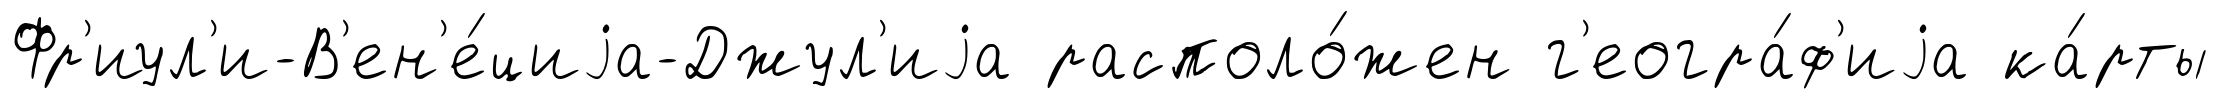
Фр'иул'и-В'ен'е́циjа-Джул'иjа располо́жен г'еогра́ф'иjа ка́рты